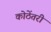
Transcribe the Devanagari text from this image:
कोठेंतरी